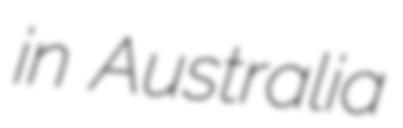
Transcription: in Australia